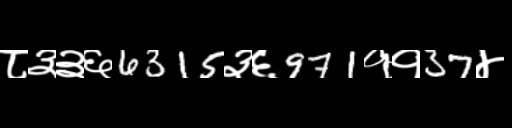
Text: ८३३६6315३६971११37४